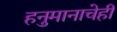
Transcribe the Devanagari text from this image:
हनुमानाचेही